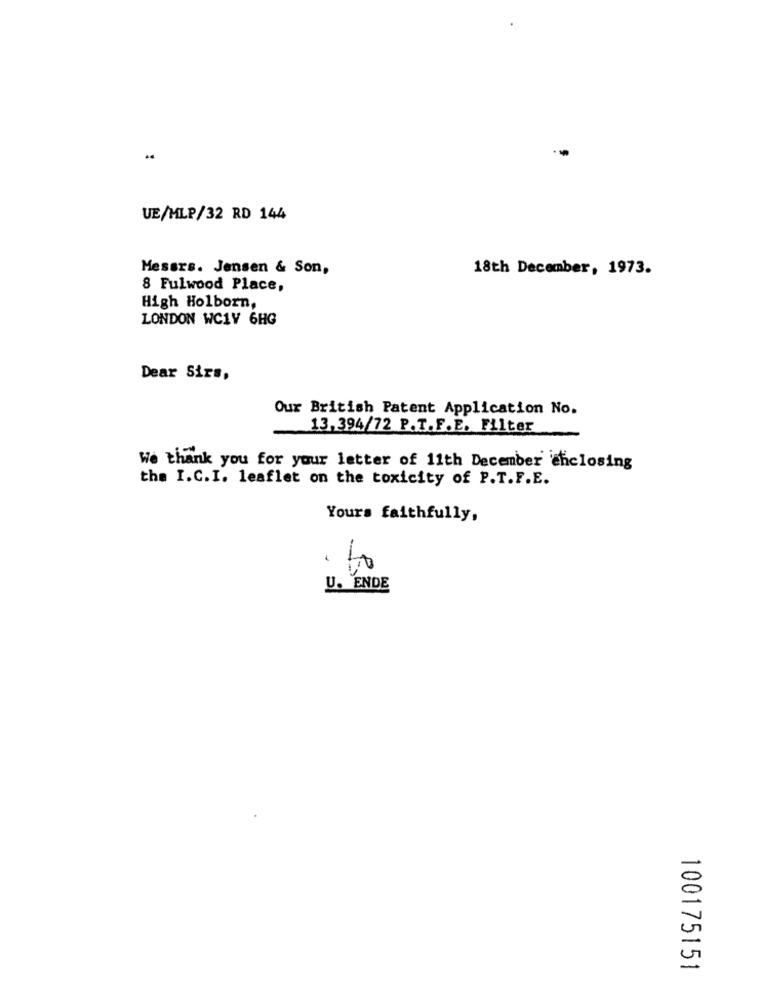
..
UE/MLP/32 RD 144
Messrs. Jensen & Son,
18th December, 1973.
8 Fulwood Place,
High Holborn,
LONDON WC1V 6HG
Dear Sirs,
Our British Patent Application No.
13.394/72 P.T.F.E. Filter
We thank you for your letter of 11th December ehclosing
the I.C.I. leaflet on the toxicity of P.T.F.E.
Yours faithfully,
to
U. ENDE
100175151